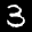
Label: 3